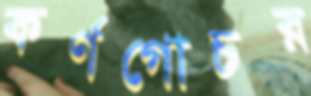
কর্ণগোচর